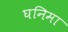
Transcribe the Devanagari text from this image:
घनिमा